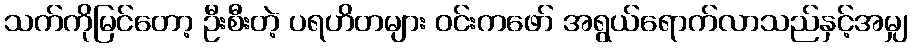
သက်ကိုမြင်တော့ ဦးစီးတဲ့ ပရဟိတများ ဝင်းကဖော် အရွယ်ရောက်လာသည်နှင့်အမျှ